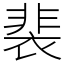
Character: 裴